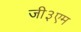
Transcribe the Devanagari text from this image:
जी३एम